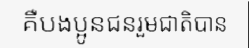
គឺបងប្អូនជនរួមជាតិបាន